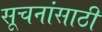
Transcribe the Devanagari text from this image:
सूचनांसाठी